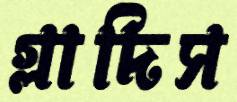
গ্লাদিস